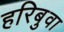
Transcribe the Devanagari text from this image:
हरिबुवा